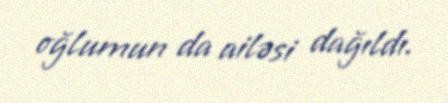
oğlumun da ailəsi dağıldı.